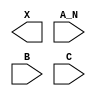
module sky130_fd_sc_lp__and3b (
    X  ,
    A_N,
    B  ,
    C
);

    output X  ;
    input  A_N;
    input  B  ;
    input  C  ;

    // Voltage supply signals
    supply1 VPWR;
    supply0 VGND;
    supply1 VPB ;
    supply0 VNB ;

endmodule